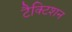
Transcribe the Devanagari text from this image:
टैक्टिशन